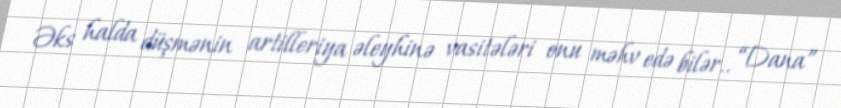
Əks halda düşmənin artilleriya əleyhinə vasitələri onu məhv edə bilər.. “Dana”